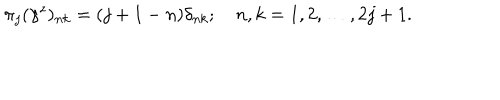
\pi _ { j } ( \gamma ^ { z } ) _ { n k } = ( j + 1 - n ) \delta _ { n k } ; \quad n , k = 1 , 2 , \ldots , 2 j + 1 .